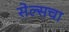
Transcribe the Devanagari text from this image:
सेल्सचा